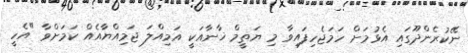
ނޭކުރެންދޫގައި އެޅުމަށް ހަމަޖެހިފައިވާ މި ޔަތީމް ޚާނާއަކީ އަމިއްލަ ޖަމިއްޔާއެއް ކަމަށްވާ "އެހީ